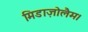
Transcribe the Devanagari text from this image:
मिडाज़ोलैम।